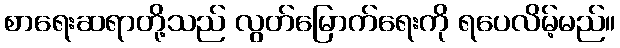
စာရေးဆရာတို့သည် လွတ်မြောက်ရေးကို ရပေလိမ့်မည်။